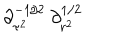
\partial _ { \tau ^ { 2 } } ^ { - 1 / 2 } \ \partial _ { r ^ { 2 } } ^ { 1 / 2 }